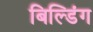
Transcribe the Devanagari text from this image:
बिल्‍डिंग